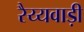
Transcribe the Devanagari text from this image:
रैय्यवाड़ी